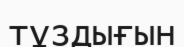
тұздығын